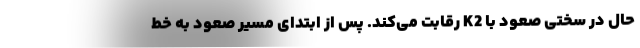
حال در سختی صعود با K2 رقابت می‌کند. پس از ابتدای مسیر صعود به خط